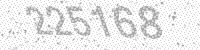
Solution: 225168